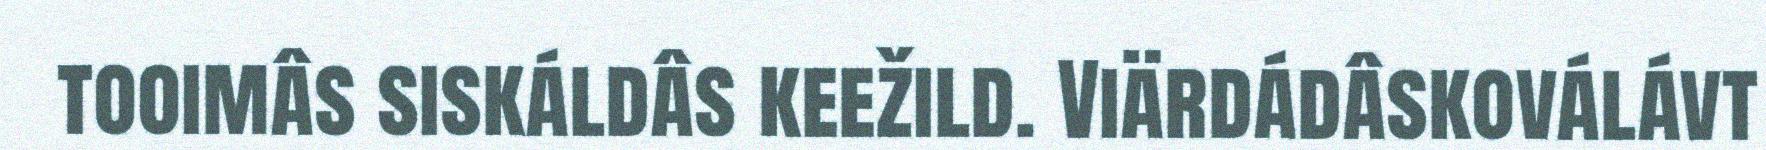
tooimâs siskáldâs keežild. Viärdádâskoválávt